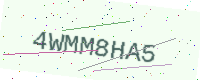
Text: 4WMM8HA5